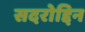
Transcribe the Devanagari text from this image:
सदरोद्दिन